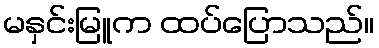
မနှင်းမြူက ထပ်ပြောသည်။